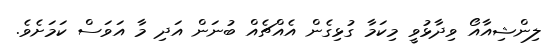
ލިންޝިއާއޯ ވިދާޅުވީ މިކަމާ ގުޅިގެން އެއްޗެއް ބުނަން އަދި މާ އަވަސް ކަމަށެވެ.